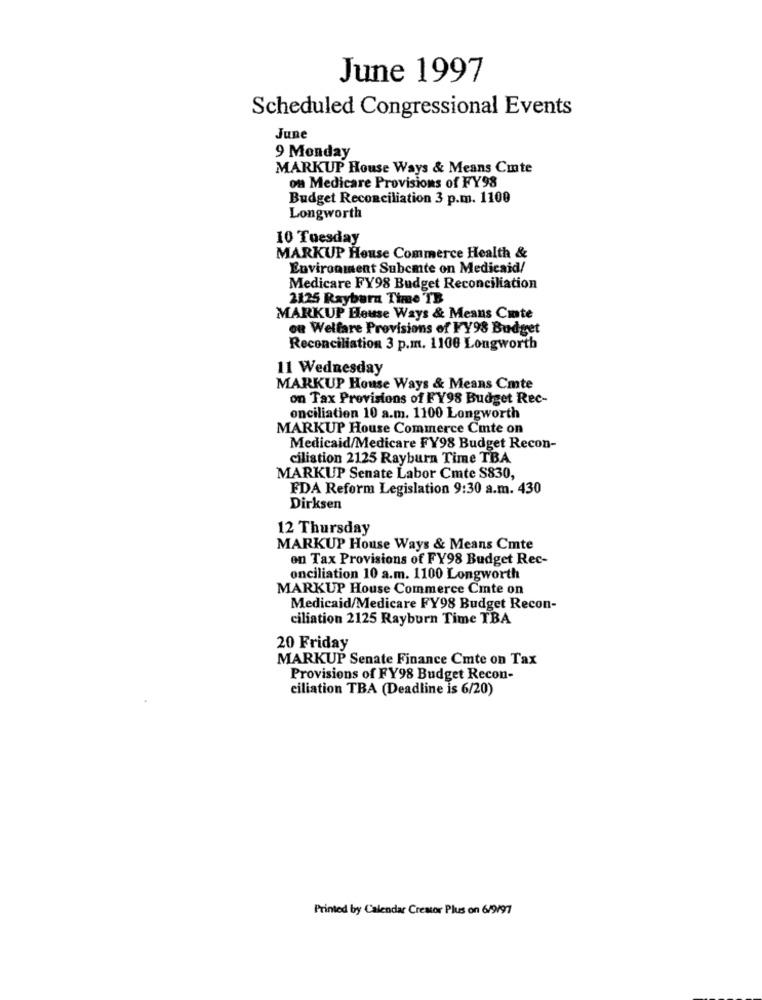
June 1997
Scheduled Congressional Events
June
9 Monday
MARKUP House Ways & Means Cmte
on Medicare Provisions of FY98
Budget Reconciliation 3 p.m. 1100
Longworth
10 Tuesday
MARKUP House Commerce Health &
Environment Subcmte on Medicaid/
Medicare FY98 Budget Reconciliation
2125 Rayburn Time TB
MARKUP House Ways & Means Cmte
on Welfare Provisions of FY98 Budget
Reconciliation 3 p.m. 1106 Longworth
11 Wednesday
MARKUP House Ways & Means Cmte
on Tax Provisions of FY98 Budget Rec-
onciliation 10 a.m. 1100 Longworth
MARKUP House Commerce Cute on
Medicaid/Medicare FY98 Budget Recon-
ciliation 2125 Rayburn Time TBA
MARKUP Senate Labor Cmte S830,
FDA Reform Legislation 9:30 a.m. 430
Dirksen
12 Thursday
MARKUP House Ways & Means Cmte
on Tax Provisions of FY98 Budget Rec-
onciliation 10 a.m. 1100 Longworth
MARKUP House Commerce Cite on
Medicaid/Medicare FY98 Budget Recon-
ciliation 2125 Rayburn Time TBA
20 Friday
MARKUP Senate Finance Cmte on Tax
Provisions of FY98 Budget Recon-
ciliation TBA (Deadline is 6/20)
Printed by Calendar Crestor Plus on 6/9/97